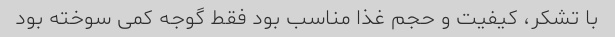
با تشکر، کیفیت و حجم غذا مناسب بود فقط گوجه کمی سوخته بود